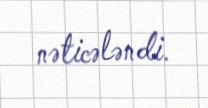
nəticələndi.